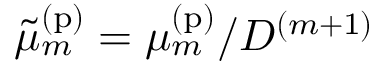
\tilde { \mu } _ { m } ^ { \mathrm { ( p ) } } = \mu _ { m } ^ { \mathrm { ( p ) } } / D ^ { ( m + 1 ) }